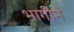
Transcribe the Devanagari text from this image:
भागीने